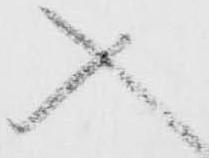
入